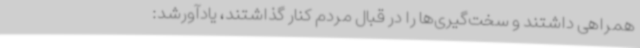
همراهی داشتند و سخت‌گیری‌ها را در قبال مردم کنار گذاشتند، یادآورشد: